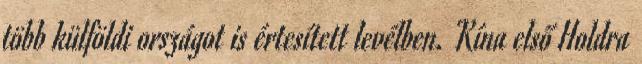
több külföldi országot is értesített levélben. Kína első Holdra